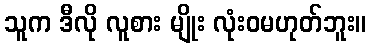
သူက ဒီလို လူစား မျိုး လုံးဝမဟုတ်ဘူး။